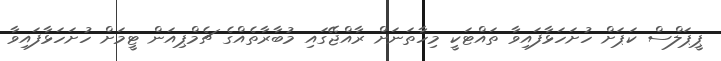
ޕީޕަލްސް ކަޕަށް ހުށަހަޅާފައިވާ ތައްޓަކީ މިހާތަނަށް ރާއްޖޭގައި މުބާރާތެއްގެ ޗެމްޕިއަން ޓީމަށް ހުށަހަޅާފައިވާ